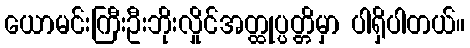
ယောမင်းကြီးဦးဘိုးလှိုင်အတ္ထုပ္ပတ္တိမှာ ပါရှိပါတယ်။